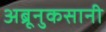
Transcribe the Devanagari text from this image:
अब्रूनुकसानी